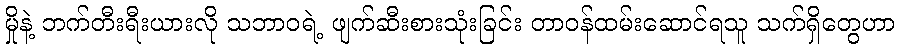
မှိုနဲ့ ဘက်တီးရီးယားလို သဘာဝရဲ့ ဖျက်ဆီးစားသုံးခြင်း တာဝန်ထမ်းဆောင်ရသူ သက်ရှိတွေဟာ